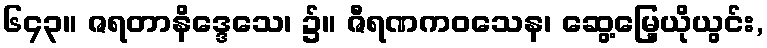
၆၄၃။ ဇရတာနိဒ္ဒေသေ၊ ၌။ ဇီရဏကဝသေန၊ ဆွေ့မြေ့ယိုယွင်း,